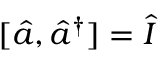
[ \hat { a } , \hat { a } ^ { \dagger } ] = \hat { I }